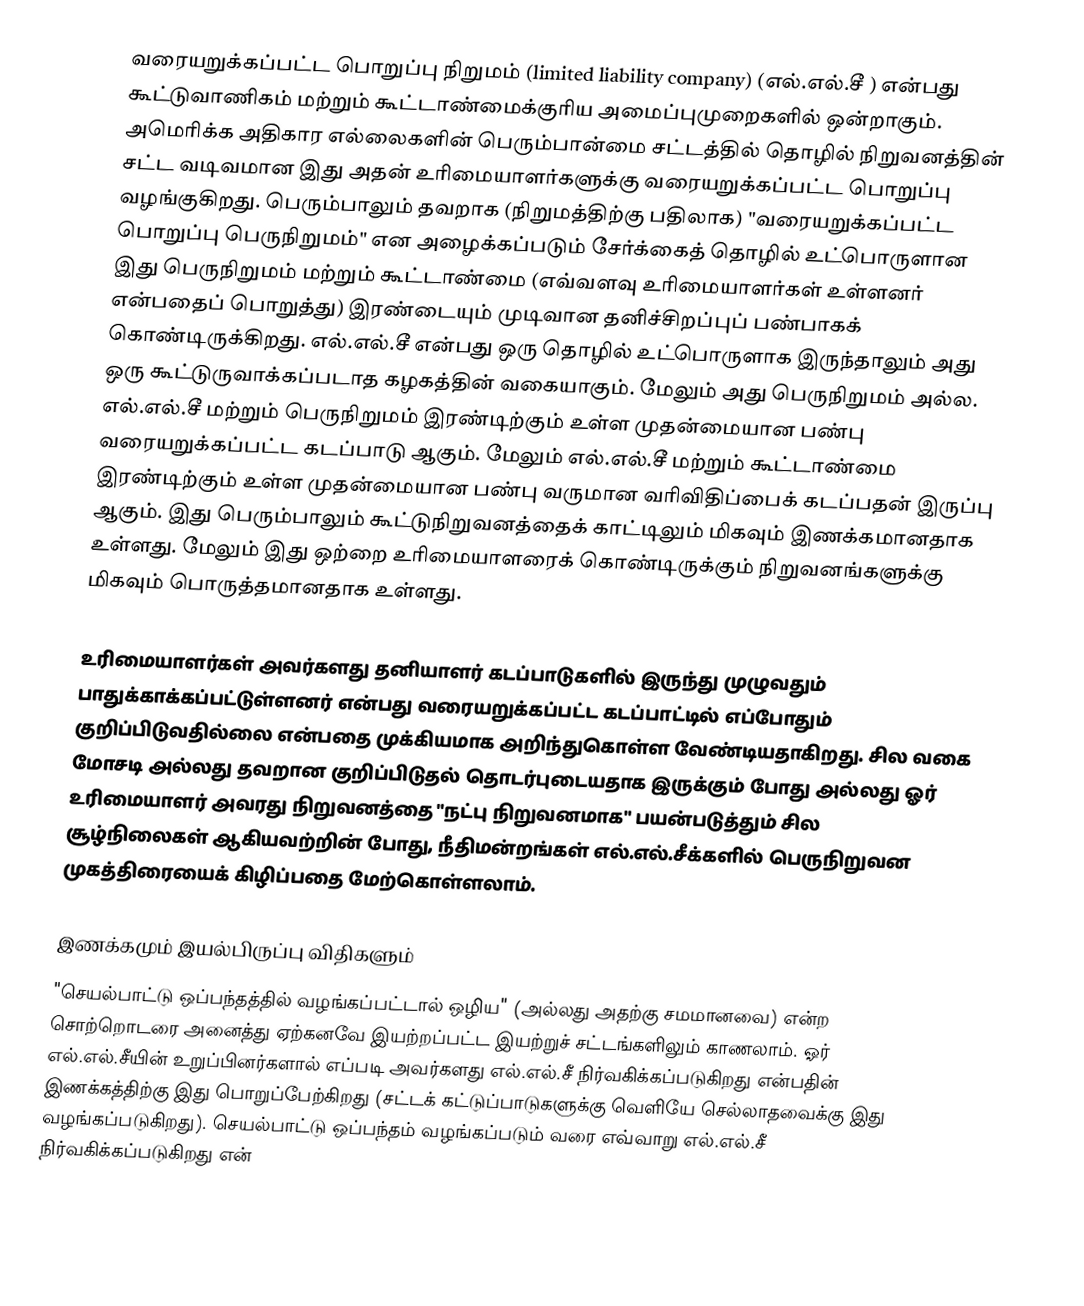
வரையறுக்கப்பட்ட பொறுப்பு நிறுமம் (limited liability company) (எல்.எல்.சீ ) என்பது கூட்டுவாணிகம் மற்றும் கூட்டாண்மைக்குரிய அமைப்புமுறைகளில் ஒன்றாகும். அமெரிக்க அதிகார எல்லைகளின் பெரும்பான்மை சட்டத்தில் தொழில் நிறுவனத்தின் சட்ட வடிவமான இது அதன் உரிமையாளர்களுக்கு வரையறுக்கப்பட்ட பொறுப்பு வழங்குகிறது. பெரும்பாலும் தவறாக (நிறுமத்திற்கு பதிலாக) "வரையறுக்கப்பட்ட பொறுப்பு பெருநிறுமம்" என அழைக்கப்படும் சேர்க்கைத் தொழில் உட்பொருளான இது பெருநிறுமம் மற்றும் கூட்டாண்மை (எவ்வளவு உரிமையாளர்கள் உள்ளனர் என்பதைப் பொறுத்து) இரண்டையும் முடிவான தனிச்சிறப்புப் பண்பாகக் கொண்டிருக்கிறது. எல்.எல்.சீ என்பது ஒரு தொழில் உட்பொருளாக இருந்தாலும் அது ஒரு கூட்டுருவாக்கப்படாத கழகத்தின் வகையாகும். மேலும் அது பெருநிறுமம் அல்ல. எல்.எல்.சீ மற்றும் பெருநிறுமம் இரண்டிற்கும் உள்ள முதன்மையான பண்பு வரையறுக்கப்பட்ட கடப்பாடு ஆகும். மேலும் எல்.எல்.சீ மற்றும் கூட்டாண்மை இரண்டிற்கும் உள்ள முதன்மையான பண்பு வருமான வரிவிதிப்பைக் கடப்பதன் இருப்பு ஆகும். இது பெரும்பாலும் கூட்டுநிறுவனத்தைக் காட்டிலும் மிகவும் இணக்கமானதாக உள்ளது. மேலும் இது ஒற்றை உரிமையாளரைக் கொண்டிருக்கும் நிறுவனங்களுக்கு மிகவும் பொருத்தமானதாக உள்ளது.

உரிமையாளர்கள் அவர்களது தனியாளர் கடப்பாடுகளில் இருந்து முழுவதும் பாதுக்காக்கப்பட்டுள்ளனர் என்பது வரையறுக்கப்பட்ட கடப்பாட்டில் எப்போதும் குறிப்பிடுவதில்லை என்பதை முக்கியமாக அறிந்துகொள்ள வேண்டியதாகிறது. சில வகை மோசடி அல்லது தவறான குறிப்பிடுதல் தொடர்புடையதாக இருக்கும் போது அல்லது ஓர் உரிமையாளர் அவரது நிறுவனத்தை "நட்பு நிறுவனமாக" பயன்படுத்தும் சில சூழ்நிலைகள் ஆகியவற்றின் போது, நீதிமன்றங்கள் எல்.எல்.சீக்களில் பெருநிறுவன முகத்திரையைக் கிழிப்பதை மேற்கொள்ளலாம்.

இணக்கமும் இயல்பிருப்பு விதிகளும்
"செயல்பாட்டு ஒப்பந்தத்தில் வழங்கப்பட்டால் ஒழிய" (அல்லது அதற்கு சமமானவை) என்ற சொற்றொடரை அனைத்து ஏற்கனவே இயற்றப்பட்ட இயற்றுச் சட்டங்களிலும் காணலாம். ஓர் எல்.எல்.சீயின் உறுப்பினர்களால் எப்படி அவர்களது எல்.எல்.சீ நிர்வகிக்கப்படுகிறது என்பதின் இணக்கத்திற்கு இது பொறுப்பேற்கிறது (சட்டக் கட்டுப்பாடுகளுக்கு வெளியே செல்லாதவைக்கு இது வழங்கப்படுகிறது). செயல்பாட்டு ஒப்பந்தம் வழங்கப்படும் வரை எவ்வாறு எல்.எல்.சீ நிர்வகிக்கப்படுகிறது என்